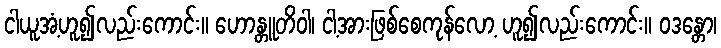
ငါယူအံ့ဟူ၍လည်းကောင်း။ ဟောန္တူတိဝါ၊ ငါ့အားဖြစ်စေကုန်လော့ ဟူ၍လည်းကောင်း။ ဝဒန္တော၊